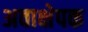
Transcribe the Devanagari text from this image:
अवाक्षेपक